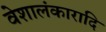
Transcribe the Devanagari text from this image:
वेशालंकारादि